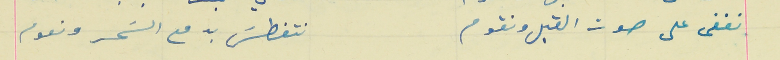
نغفى على صوت القبل ونقوم                                نتغطسَ بدمع السَحر ونعوم